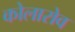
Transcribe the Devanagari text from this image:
कोलारोव